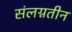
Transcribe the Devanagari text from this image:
संलग्नतीन